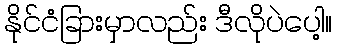
နိုင်ငံခြားမှာလည်း ဒီလိုပဲပေါ့။